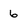
Character: 6